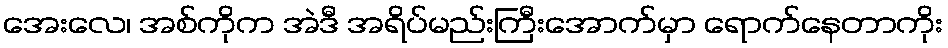
အေးလေ၊ အစ်ကိုက အဲဒီ အရိပ်မည်းကြီးအောက်မှာ ရောက်နေတာကိုး